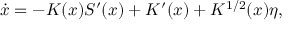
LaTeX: \dot { x } = - K ( x ) S ^ { \prime } ( x ) + K ^ { \prime } ( x ) + K ^ { 1 / 2 } ( x ) \eta ,